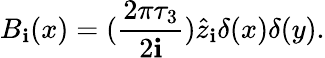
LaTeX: B_{\mathbf{i}}(x)=(\frac{{2\pi\tau_{3}}}{{2\mathbf{i}}})\hat{{z}}_{\mathbf{i}}\delta(x)\delta(y).